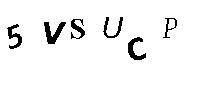
5VSUCP